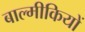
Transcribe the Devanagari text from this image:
बाल्मीकियों